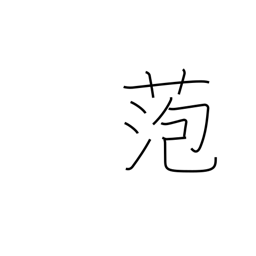
Meaning: bog